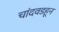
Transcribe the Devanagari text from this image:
चांदवडहून